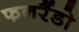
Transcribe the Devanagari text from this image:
फनरैंडो